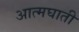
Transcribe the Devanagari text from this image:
अात्मघाती